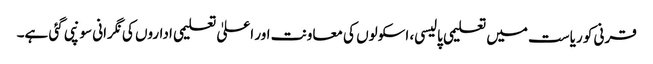
قرنی کو ریاست میں تعلیمی پالیسی، اسکولوں کی معاونت اور اعلیٰ تعلیمی اداروں کی نگرانی سونپی گئی ہے۔